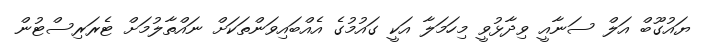
ޔައުގޫބް އަލް ސަނާއީ ވިދާޅުވީ މިހަމަލާ އަކީ ގައުމުގެ އެއްބައިވަންތަކަށް ނައްތާލުމަށް ޓެރަރިސްޓުން